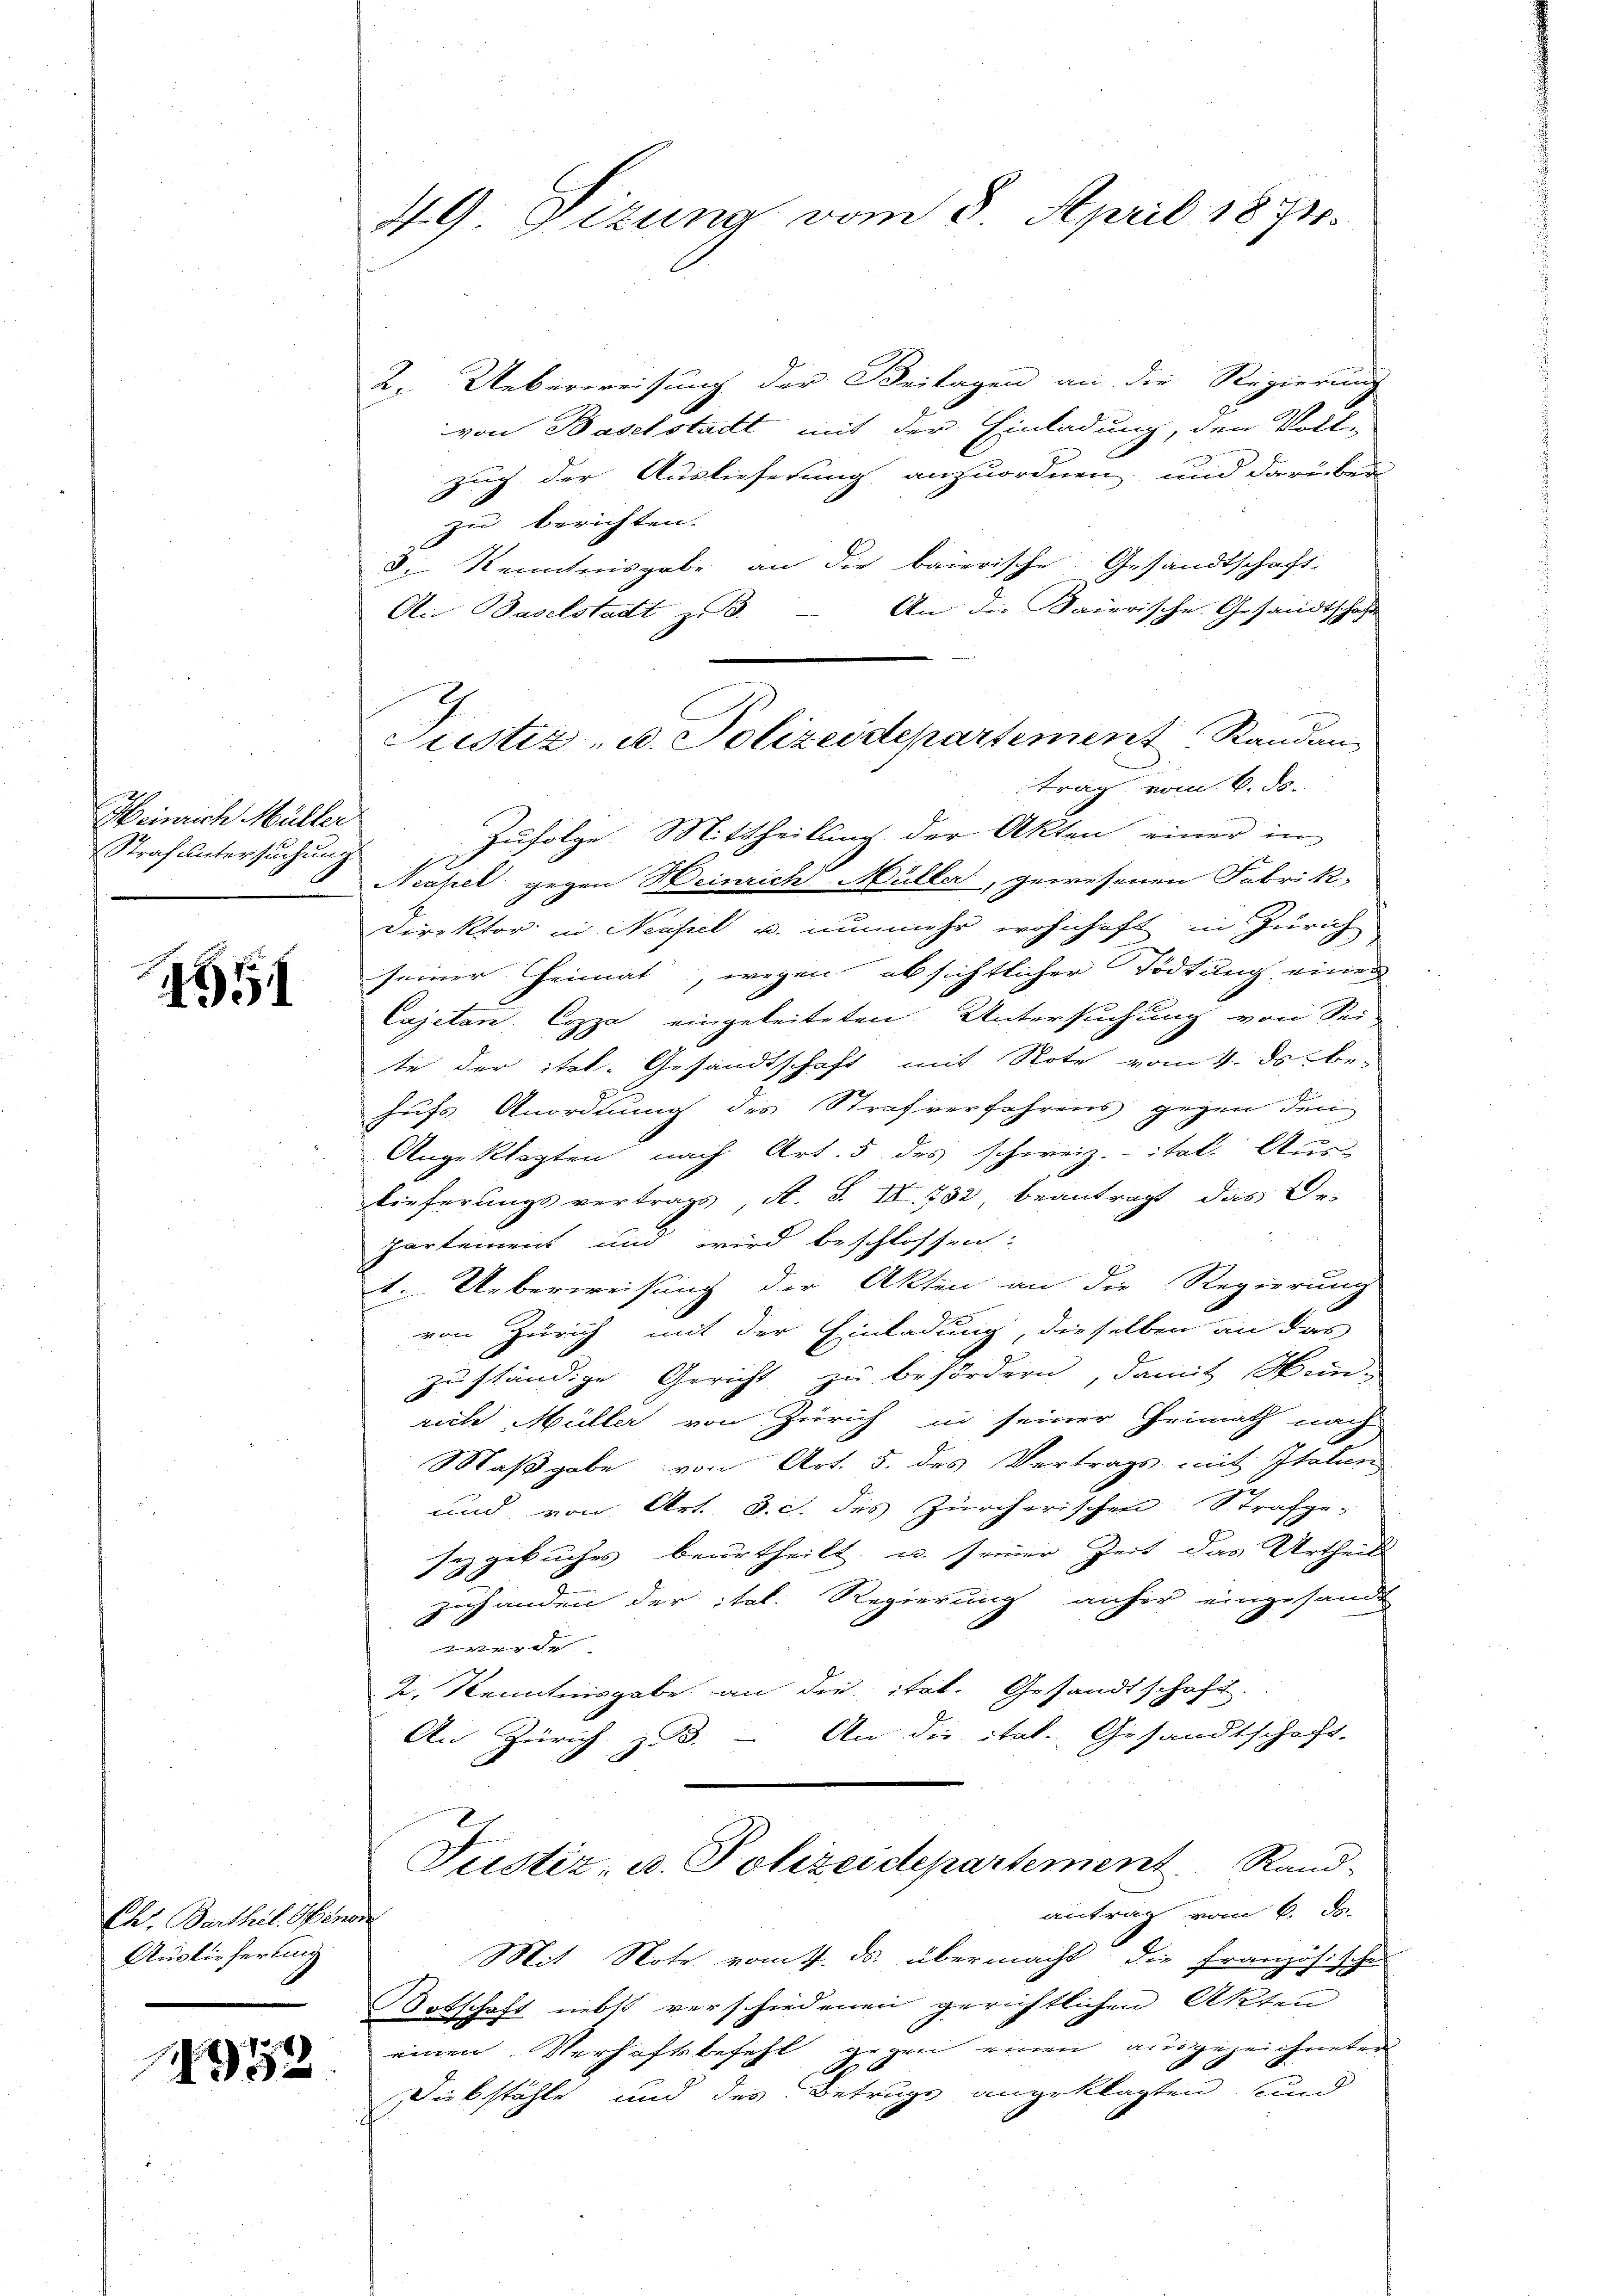
Heinrich Müller
Straf untersuchung

4551

Ch. Barthil. Menon
Auslieferung

1752

4G. Ottung vom 8. April 1874.

2. Ueberweisung der Beilagen an die Regierung
von Baselstadt mit der Einladung, den Voll-
zug der Auslieferung anzuordnen und darüber
zu berichten.
8. Kenntnisgabe an die baierische Gesandtschaft-
Ai Baselstadt zu 3. – An die Baierische Gesandtschaft
trag vom 6. ds.
Zufolge Mittheilung der Akten einer in
Neapel gegen Weinrich Müller, gewesenen Fabrik-
Direktor in Neapel u. nunmehr wohnhaft in Zürich
seiner Heimat, wegen absichtlicher Tödtung einer
Cajetan Coppa eingeleiteten Untersuchung von Sei-
te der ital. Gesandtschaft mit Note vom 4. ds. be-
hufs Anordnung des Strafverfahrens gegen den
Angeklagten nach Art. 5 des schweiz. itat. Aus
lieferungsvertrags, A. S. II. 752, beantragt, das De-
partemens und wird beschlossen:
1. Ueberweisung der Akten an die Regierung
von Zürich mit der Einladung, dieselben an das
zuständige Gericht zu befördern, damit Wein-
riche Müller von Zürich in seiner Heimath nach
Maβgabe von Art. 5. des Vertrags mit Italin
und von Art. 3. c. des Zürcherischen: Strafge-
sezgebuches beurtheilt, u. seiner Zeit das Urtheil
zuhanden der ital. Regierung anher eingesandt
 den
2. Kenntnisgabe an die itat. Gesandtschaft.
An Zürich zu 3. - An die ital. Gesandtschaft.
Justiz- u. Polizeidepartement Rand-
antrag vom 6. ds.
Mit Note vom 1. ds. übermacht, die Französische
Totschaft nebst verschiedenen gerichtlichen Akten
einen Verhaftsbefehl gegen einen ausgezeichneten
Rückstähle und des Betruge angeklagten, und

Justiz- u. Polizeidepartement Randan